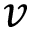
v